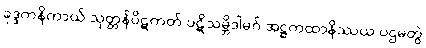
ခုဒ္ဒကနိကာယ် သုတ္တန်ပိဋကတ် ပဋိသမ္ဘိဒါမဂ် အဋ္ဌကထာနိဿယ ပဌမတွဲ